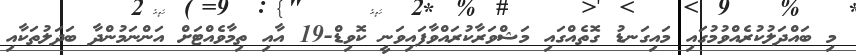
މި ބައްދަލުކުރެއްވުމުގައި މައިގަނޑު ގޮތެއްގައި މަޝްވަރާކުރައްވާފައިވަނީ ކޮވިޑް-19 އާއި ތިމާވެއްޓަށް އަންނަމުންދާ ބަދަލުތަކާއި